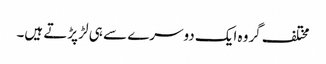
مختلف گروہ ایک دوسرے سے ہی لڑ پڑتے ہیں۔